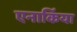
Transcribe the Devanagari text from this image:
एनार्किया